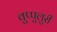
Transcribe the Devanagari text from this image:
वुप्पुलुरी